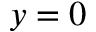
y = 0